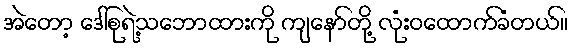
အဲတော့ ဒေါ်စုရဲ့သဘောထားကို ကျနော်တို့ လုံးဝထောက်ခံတယ်။